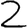
Digit: 2